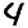
Digit: 4